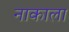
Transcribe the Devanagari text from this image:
नाकाला